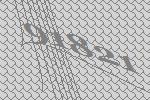
91821